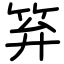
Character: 笲